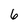
Character: 6